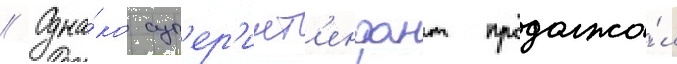
// Одна́ко суп'ер'инт'ендант продолжа́л